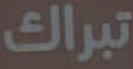
تبراك